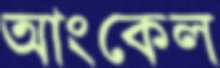
আংকেল